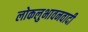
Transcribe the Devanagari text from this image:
लोकलुभावनवादी